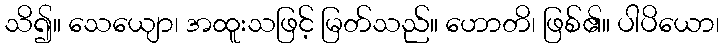
သိ၍။ သေယျော၊ အထူးသဖြင့် မြတ်သည်။ ဟောတိ၊ ဖြစ်၏။ ပါပိယော၊